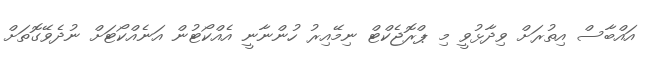
އައްބާސް އިތުރަށް ވިދާޅުވީ މި ޕްރޮޖެކްޓް ނިމޭއިރު ހުންނާނީ އެއްކޯޓުން އަނެއްކޯޓަށް ނުދެވޭގޮތަށް